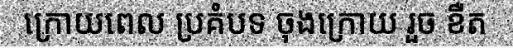
ក្រោយពេល ប្រគំបទ ចុងក្រោយ រួច ខឺត